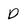
Character: D